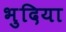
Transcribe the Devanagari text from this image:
भुदिया